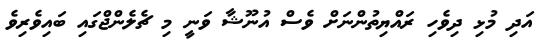
އަދި މުޅި ދިވެހި ރައްޔިތުންނަށް ވެސް އުނޫޝާ ވަނީ މި ޗެލެންޖްގައި ބައިވެރިވެ